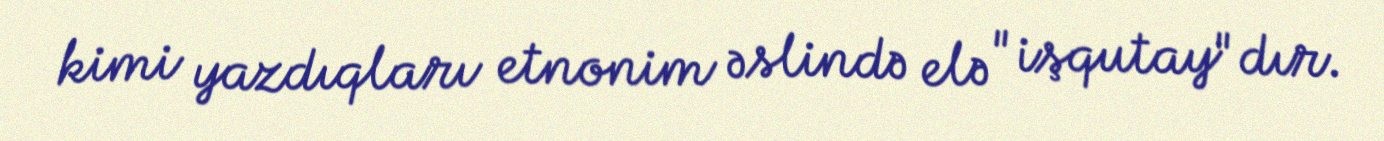
kimi yazdıqları etnonim əslində elə "işqutay"dır.